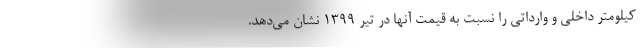
کیلومتر داخلی و وارداتی را نسبت به قیمت آنها در تیر ۱۳۹۹ نشان می‌دهد.